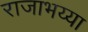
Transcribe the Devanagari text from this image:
राजाभय्या